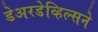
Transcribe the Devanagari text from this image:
डेअरडेव्हिल्सने